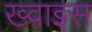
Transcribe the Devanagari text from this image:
ख्वाइस